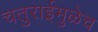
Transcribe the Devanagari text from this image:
चतुराईमुळेच